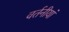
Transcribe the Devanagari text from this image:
वर्तनीयां